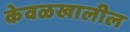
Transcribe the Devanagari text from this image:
केवळखालील